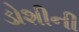
ડોશીની